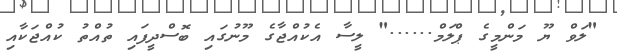
"ލަވް ޔޫ މަންމީގެ ޕްލަމް......" ލީސާ އެކުއްޖާގެ މޫނުގައި ބޮސްދީފައި ތުއްތު ކުއްޖަކާއި